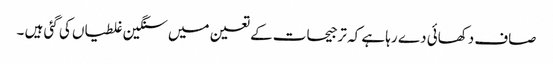
صاف دکھائی دے رہا ہے کہ ترجیحات کے تعین میں سنگین غلطیاں کی گئی ہیں ۔